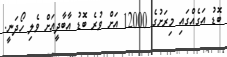
ބޮޑު އަގެއްގައި މިރަށުގެ 12000 އަށް ވުރެ ބޮޑު އާބާދީއަށް ވެލި ހޯދަނީ.